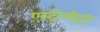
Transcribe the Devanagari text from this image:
एस्ट्रोमीट्री